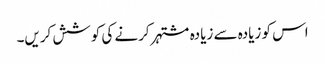
اس کو زیادہ سے زیادہ مشتہر کرنے کی کوشش کریں۔